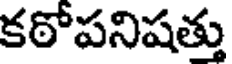
కఠోపనిషత్తు